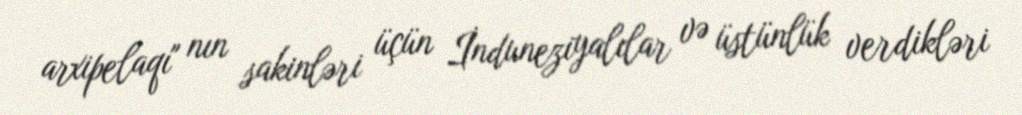
arxipelaqı" nın sakinləri üçün İnduneziyalılar və üstünlük verdikləri